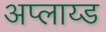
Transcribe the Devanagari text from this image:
अप्लाय्ड